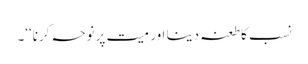
نسب کا طعنہ دینا اور میت پر نوحہ کرنا‘‘۔